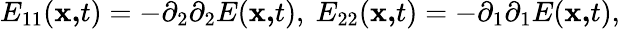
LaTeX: E_{11}(\mathbf{x,}t)=-\partial_{2}\partial_{2}E(\mathbf{x,}t),\ E_{22}(\mathbf{x,}t)=-\partial_{1}\partial_{1}E(\mathbf{x,}t),